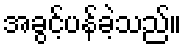
အခွင့်ပန်ခဲ့သည်။